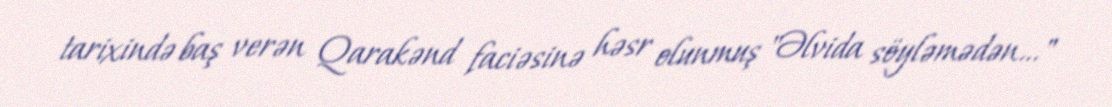
tarixində baş verən Qarakənd faciəsinə həsr olunmuş "Əlvida söyləmədən…"